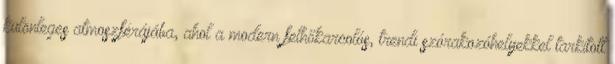
különleges atmoszférájába, ahol a modern felhőkarcolós, trendi szórakozóhelyekkel tarkított